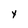
Character: Y